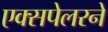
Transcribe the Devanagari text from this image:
एक्सपेलरने